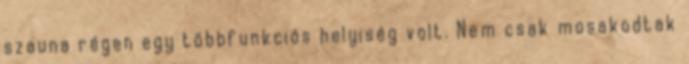
szauna régen egy többfunkciós helyiség volt. Nem csak mosakodtak